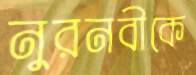
নুরনবীকে